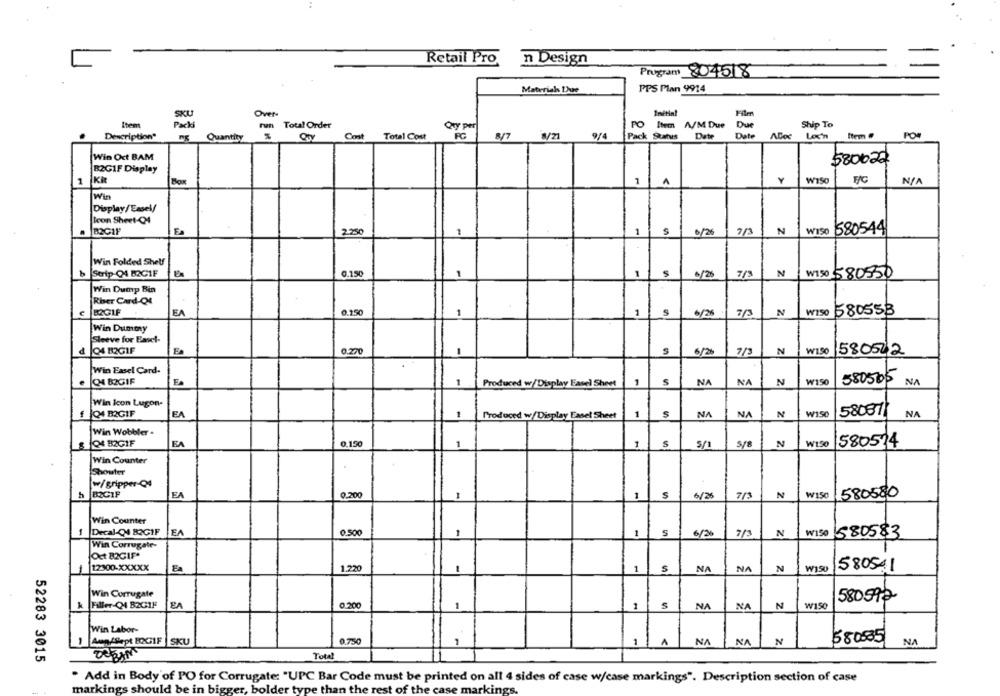
Retail Pro n Design
Prugram 804518
Materials Due
PPS Plan 9914
Over-
Initial
Filmn
SKU
Item
Pack
run
Total Order
PO Item A/M Due
Due
Ship To
Qy per
Description"
Quantity
Cont
Total Cost
8/7
8/21
9/4
Pack Status
Date
Date Aloc Loc'n
Item #
POR
Win Ort BAM
$80022
B2GIF Display
1
Kit
A
Y
WIS
F/C
Win
Display/Easel/
Icon Sheet-Q4
S
WIS0 580544
B2CIF
2.250
1
6/26
N
Win Folded Shelf
N
b Strip-Q4 BOC1F
0.150
-
1
6/26
7/3
W150 580550
Win Dump Bin
Riser Card-Q4
LØGIF
E
0.1.50
-
1
S
6/26
7/3
N
W150 580553
Win Dummy
Sleeve for Easel-
d
4 82GIF
0.270
1
6/25
7/3
N
W1.50
580522
Win Easel Card-
.
Q4 82GIF
Fa
1
Produced w/Display Easel Sheet
1
S
NA
NA
N
WIS
580505
NA
Win icon Lugon-
58037
-
Q4 B2GIF
FA
1
Produced w/Display Easel Sheet
1
NA
NA
N
W150
NA
Win Wobbler .
8 04 82GIF
EA
0,150
1
1
$
5/1
5/8
N
W150
580574
Win Counter
Shouter
w/gripper-Q4
h
BZGIF
EA
0.200
7/3
W150
1580580
-
S
6/26
N
Win Counter
1
Decal-CN4 82GIF
EA
0.500
1
1
6/2
7/3
N
W150
580583
Win Corrugate-
Oct 82GIF
-
12300-XXXXX
Ea
1.220
-
1
S
NA
NA
N
W150
580541
Win Corrugate
580592
Faller-C4 B2GIF
0.20
1
S
NA
NA
N
W150
-
Win Labor-
0.750
1
1 A
NA
NA
N
580885
NA
Aun/Sept BOG1F |SKU
52283 3015
Total
Add in Body of PO for Corrugate: "UPC Bar Code must be printed on all 4 sides of case w/case markings". Description section of case
markings should be in bigger, bolder type than the rest of the case markings.